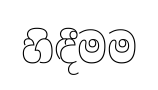
හිඳීමම